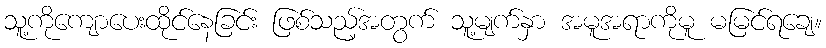
သူ့ကိုကျောပေးထိုင်နေခြင်း ဖြစ်သည့်အတွက် သူ့မျက်နှာ အမူအရာကိုမူ မမြင်ရချေ။